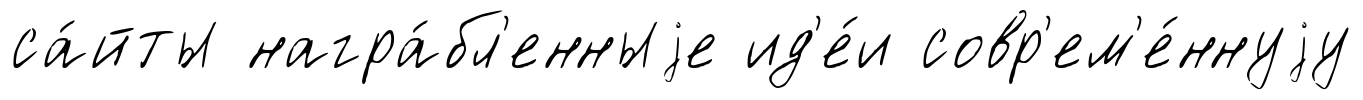
са́йты награ́бл'енныjе ид'е́и совр'ем'е́ннуjу